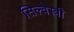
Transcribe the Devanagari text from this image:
सिल्वेस्त्री